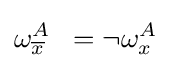
\omega _{\overline {x}}^{A}\;\;=\lnot \omega _{x}^{A}\,\!